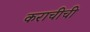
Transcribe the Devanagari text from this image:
कराचीची